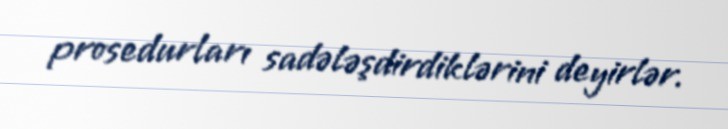
prosedurları sadələşdirdiklərini deyirlər.